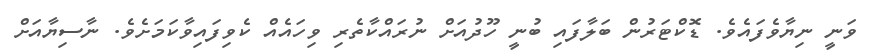
ވަނީ ނިޔާވެފައެވެ. ޑޮކްޓަރުން ބަލާފައި ބުނީ ހޫދުއަށް ނުރައްކާތެރި ވިހައެއް ކެވިފައިވާކަމަށެވެ. ނާސިޔާއަށް